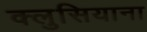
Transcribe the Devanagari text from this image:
क्लुसियाना